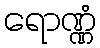
ရောဏ္ဏံ